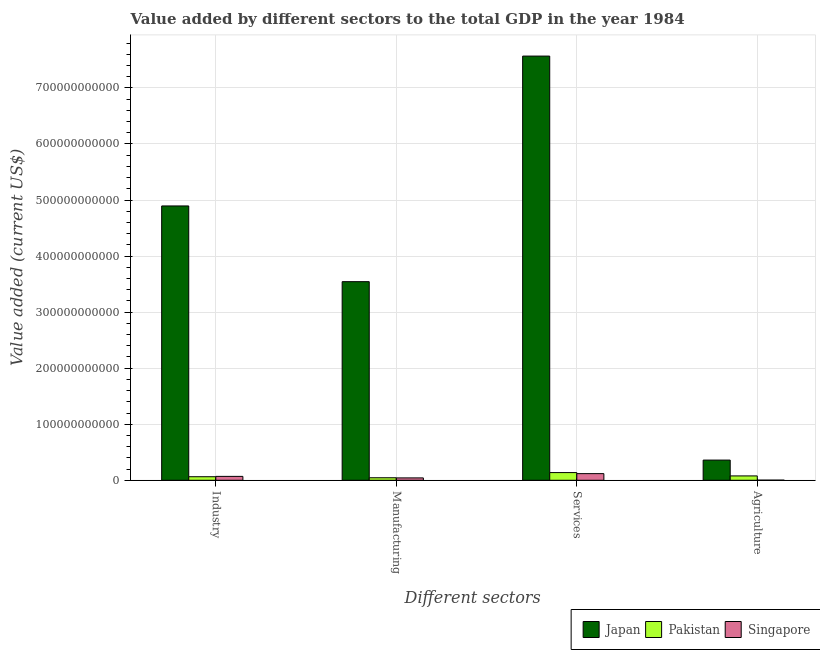
| Different sectors | Japan | Pakistan | Singapore |
 | --- | --- | --- | --- |
 | Industry | 4.89e+11 | 6.31e+09 | 6.94e+09 |
 | Manufacturing | 3.54e+11 | 4.48e+09 | 4.22e+09 |
 | Services | 7.57e+11 | 1.37e+10 | 1.18e+10 |
 | Agriculture | 3.6e+10 | 7.75e+09 | 2.11e+08 |